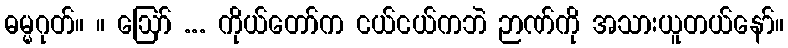
ဓမ္မဂုတ်။ ။ ဩော် ... ကိုယ်တော်က ငယ်ငယ်ကဘဲ ဉာဏ်ကို အသားယူတယ်နော်။